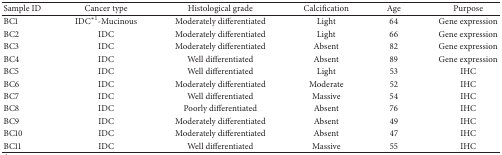
<table><thead><tr><td><b>Sample ID</b></td><td><b>Cancer type</b></td><td><b>Histological grade</b></td><td><b>Calcification</b></td><td><b>Age</b></td><td><b>Purpose</b></td></tr></thead><tbody><tr><td>BC1</td><td>IDC<sup>∗1</sup>-Mucinous</td><td>Moderately differentiated</td><td>Light</td><td>64</td><td>Gene expression</td></tr><tr><td>BC2</td><td>IDC</td><td>Moderately differentiated</td><td>Light</td><td>66</td><td>Gene expression</td></tr><tr><td>BC3</td><td>IDC</td><td>Moderately differentiated</td><td>Absent</td><td>82</td><td>Gene expression</td></tr><tr><td>BC4</td><td>IDC</td><td>Well differentiated</td><td>Absent</td><td>89</td><td>Gene expression</td></tr><tr><td>BC5</td><td>IDC</td><td>Well differentiated</td><td>Light</td><td>53</td><td>IHC</td></tr><tr><td>BC6</td><td>IDC</td><td>Moderately differentiated</td><td>Moderate</td><td>52</td><td>IHC</td></tr><tr><td>BC7</td><td>IDC</td><td>Well differentiated</td><td>Massive</td><td>54</td><td>IHC</td></tr><tr><td>BC8</td><td>IDC</td><td>Poorly differentiated</td><td>Absent</td><td>76</td><td>IHC</td></tr><tr><td>BC9</td><td>IDC</td><td>Moderately differentiated</td><td>Absent</td><td>49</td><td>IHC</td></tr><tr><td>BC10</td><td>IDC</td><td>Moderately differentiated</td><td>Absent</td><td>47</td><td>IHC</td></tr><tr><td>BC11</td><td>IDC</td><td>Well differentiated</td><td>Massive</td><td>55</td><td>IHC</td></tr></tbody></table>